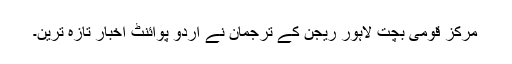
مرکز قومی بچت لاہور ریجن کے ترجمان نے اُردو پوائنٹ اخبار تازہ ترین۔